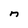
Character: n